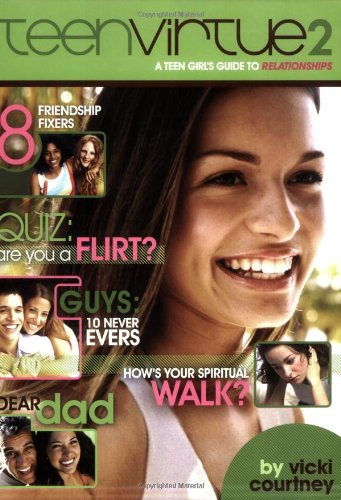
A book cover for TeenVirtue 2: A Teen Girl's Guide to Relationships; Vicki Courtney; Teen & Young Adult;